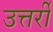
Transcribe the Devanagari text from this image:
उत्तर्री